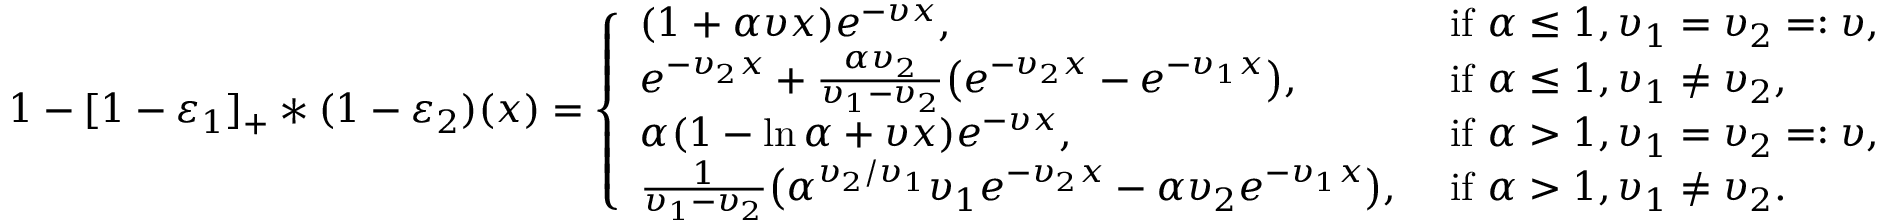
\begin{array} { r } { 1 - [ 1 - \varepsilon _ { 1 } ] _ { + } \ast ( 1 - \varepsilon _ { 2 } ) ( x ) = \left\{ \begin{array} { l l } { ( 1 + \alpha \upsilon x ) e ^ { - \upsilon x } , } & { \mathrm { ~ i f ~ } \alpha \le 1 , \upsilon _ { 1 } = \upsilon _ { 2 } = : \upsilon , } \\ { e ^ { - \upsilon _ { 2 } x } + \frac { \alpha \upsilon _ { 2 } } { \upsilon _ { 1 } - \upsilon _ { 2 } } \bigl ( e ^ { - \upsilon _ { 2 } x } - e ^ { - \upsilon _ { 1 } x } \bigr ) , } & { \mathrm { ~ i f ~ } \alpha \le 1 , \upsilon _ { 1 } \neq \upsilon _ { 2 } , } \\ { \alpha ( 1 - \ln \alpha + \upsilon x ) e ^ { - \upsilon x } , } & { \mathrm { ~ i f ~ } \alpha > 1 , \upsilon _ { 1 } = \upsilon _ { 2 } = : \upsilon , } \\ { \frac { 1 } { \upsilon _ { 1 } - \upsilon _ { 2 } } \bigl ( \alpha ^ { \upsilon _ { 2 } / \upsilon _ { 1 } } \upsilon _ { 1 } e ^ { - \upsilon _ { 2 } x } - \alpha \upsilon _ { 2 } e ^ { - \upsilon _ { 1 } x } \bigr ) , } & { \mathrm { ~ i f ~ } \alpha > 1 , \upsilon _ { 1 } \neq \upsilon _ { 2 } . } \end{array} \right. } \end{array}